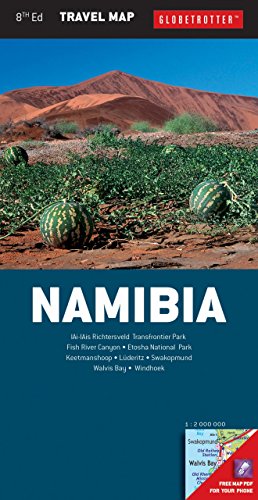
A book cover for Namibia Travel Map, 8th (Globetrotter Travel Map); Globetrotter; Travel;